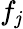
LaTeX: f_{\mathit{j}}